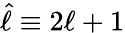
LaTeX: {\hat{\ell}\equiv 2\ell+1}